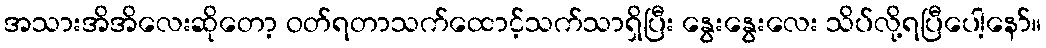
အသားအိအိလေးဆိုတော့ ဝတ်ရတာသက်ထောင့်သက်သာရှိပြီး နွေးနွေးလေး သိပ်လို့ရပြီပေါ့နော်။